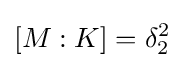
[M:K]=\delta _{2}^{2}